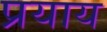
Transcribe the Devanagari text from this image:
प्रयाय